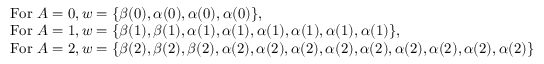
\begin{array} { r l } & { \mathrm { F o r ~ } A = 0 , w = \{ \beta ( 0 ) , \alpha ( 0 ) , \alpha ( 0 ) , \alpha ( 0 ) \} , } \\ & { \mathrm { F o r ~ } A = 1 , w = \{ \beta ( 1 ) , \beta ( 1 ) , \alpha ( 1 ) , \alpha ( 1 ) , \alpha ( 1 ) , \alpha ( 1 ) , \alpha ( 1 ) , \alpha ( 1 ) \} , } \\ & { \mathrm { F o r ~ } A = 2 , w = \{ \beta ( 2 ) , \beta ( 2 ) , \beta ( 2 ) , \alpha ( 2 ) , \alpha ( 2 ) , \alpha ( 2 ) , \alpha ( 2 ) , \alpha ( 2 ) , \alpha ( 2 ) , \alpha ( 2 ) , \alpha ( 2 ) , \alpha ( 2 ) \} } \end{array}